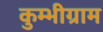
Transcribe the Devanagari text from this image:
कुम्भीग्राम